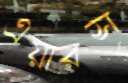
এয়ারস